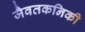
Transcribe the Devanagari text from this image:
जैवतकनिकी